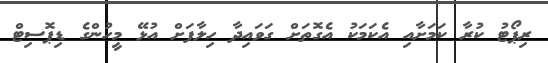
ރިޕޯޓު ކުރާ ކަމަށާއި އެކަމަކު އެގޮތަށް ގަވައިދާ ހިލާފަށް އުޅޭ މީހުންގެ ޑިޕޮސިޓް